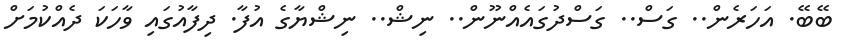
ބޭބޭ. އަހަރެން.. ގަސް.. ގަސްދުގައެއްނޫން.. ނިޝް.. ނިޝްޔާގެ އުފާ. ދިފާއުގައި ވާހަކަ ދެއްކުމަށް